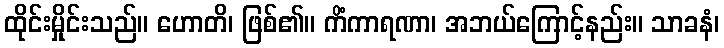
ထိုင်းမှိုင်းသည်။ ဟောတိ၊ ဖြစ်၏။ ကိံကာရဏာ၊ အဘယ်ကြောင့်နည်း။ သာခနံ၊